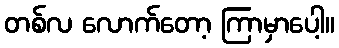
တစ်လ လောက်တော့ ကြာမှာပေါ့။